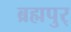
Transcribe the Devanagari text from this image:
ब्रह्मपुर्